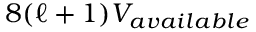
8 ( \ell + 1 ) V _ { a v a i l a b l e }